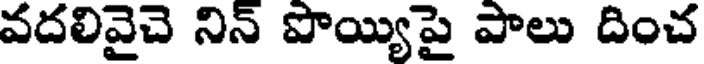
వదలివైచె నిన్ పొయ్యిపై పాలు దించ